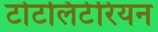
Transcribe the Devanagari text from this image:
टोटलिटेरियन